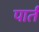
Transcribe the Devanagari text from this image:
पार्त